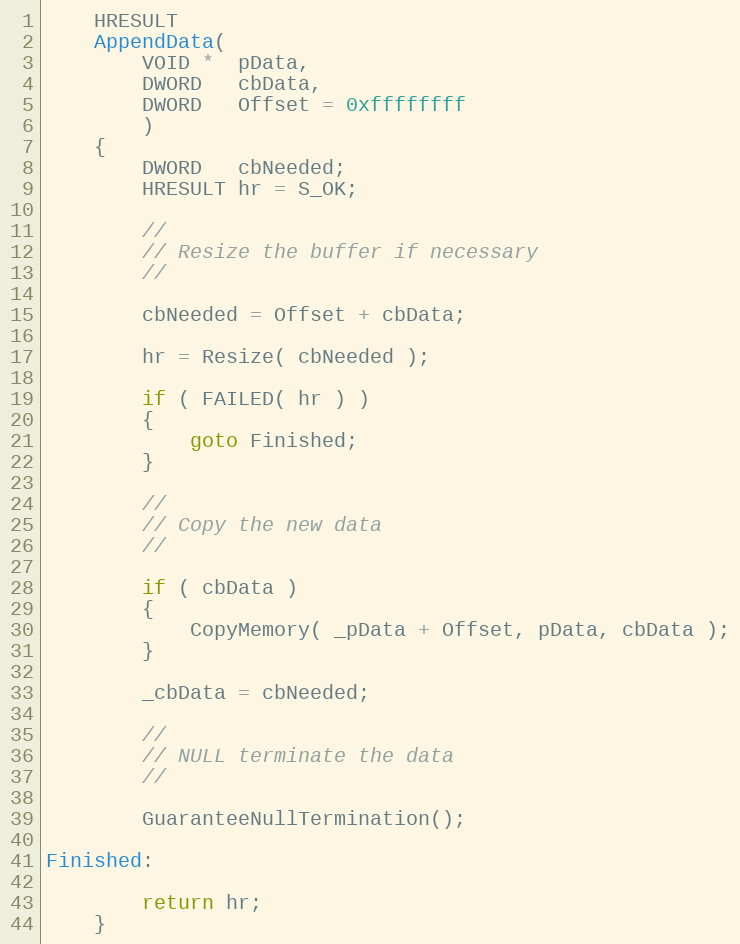
Language: C
    HRESULT
    AppendData(
        VOID *  pData,
        DWORD   cbData,
        DWORD   Offset = 0xffffffff
        )
    {
        DWORD   cbNeeded;
        HRESULT hr = S_OK;

        //
        // Resize the buffer if necessary
        //

        cbNeeded = Offset + cbData;

        hr = Resize( cbNeeded );

        if ( FAILED( hr ) )
        {
            goto Finished;
        }

        //
        // Copy the new data
        //

        if ( cbData )
        {
            CopyMemory( _pData + Offset, pData, cbData );
        }

        _cbData = cbNeeded;

        //
        // NULL terminate the data
        //

        GuaranteeNullTermination();

Finished:

        return hr;
    }